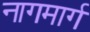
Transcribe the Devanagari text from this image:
नागमार्ग